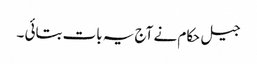
جیل حکام نے آج یہ بات بتائی ۔